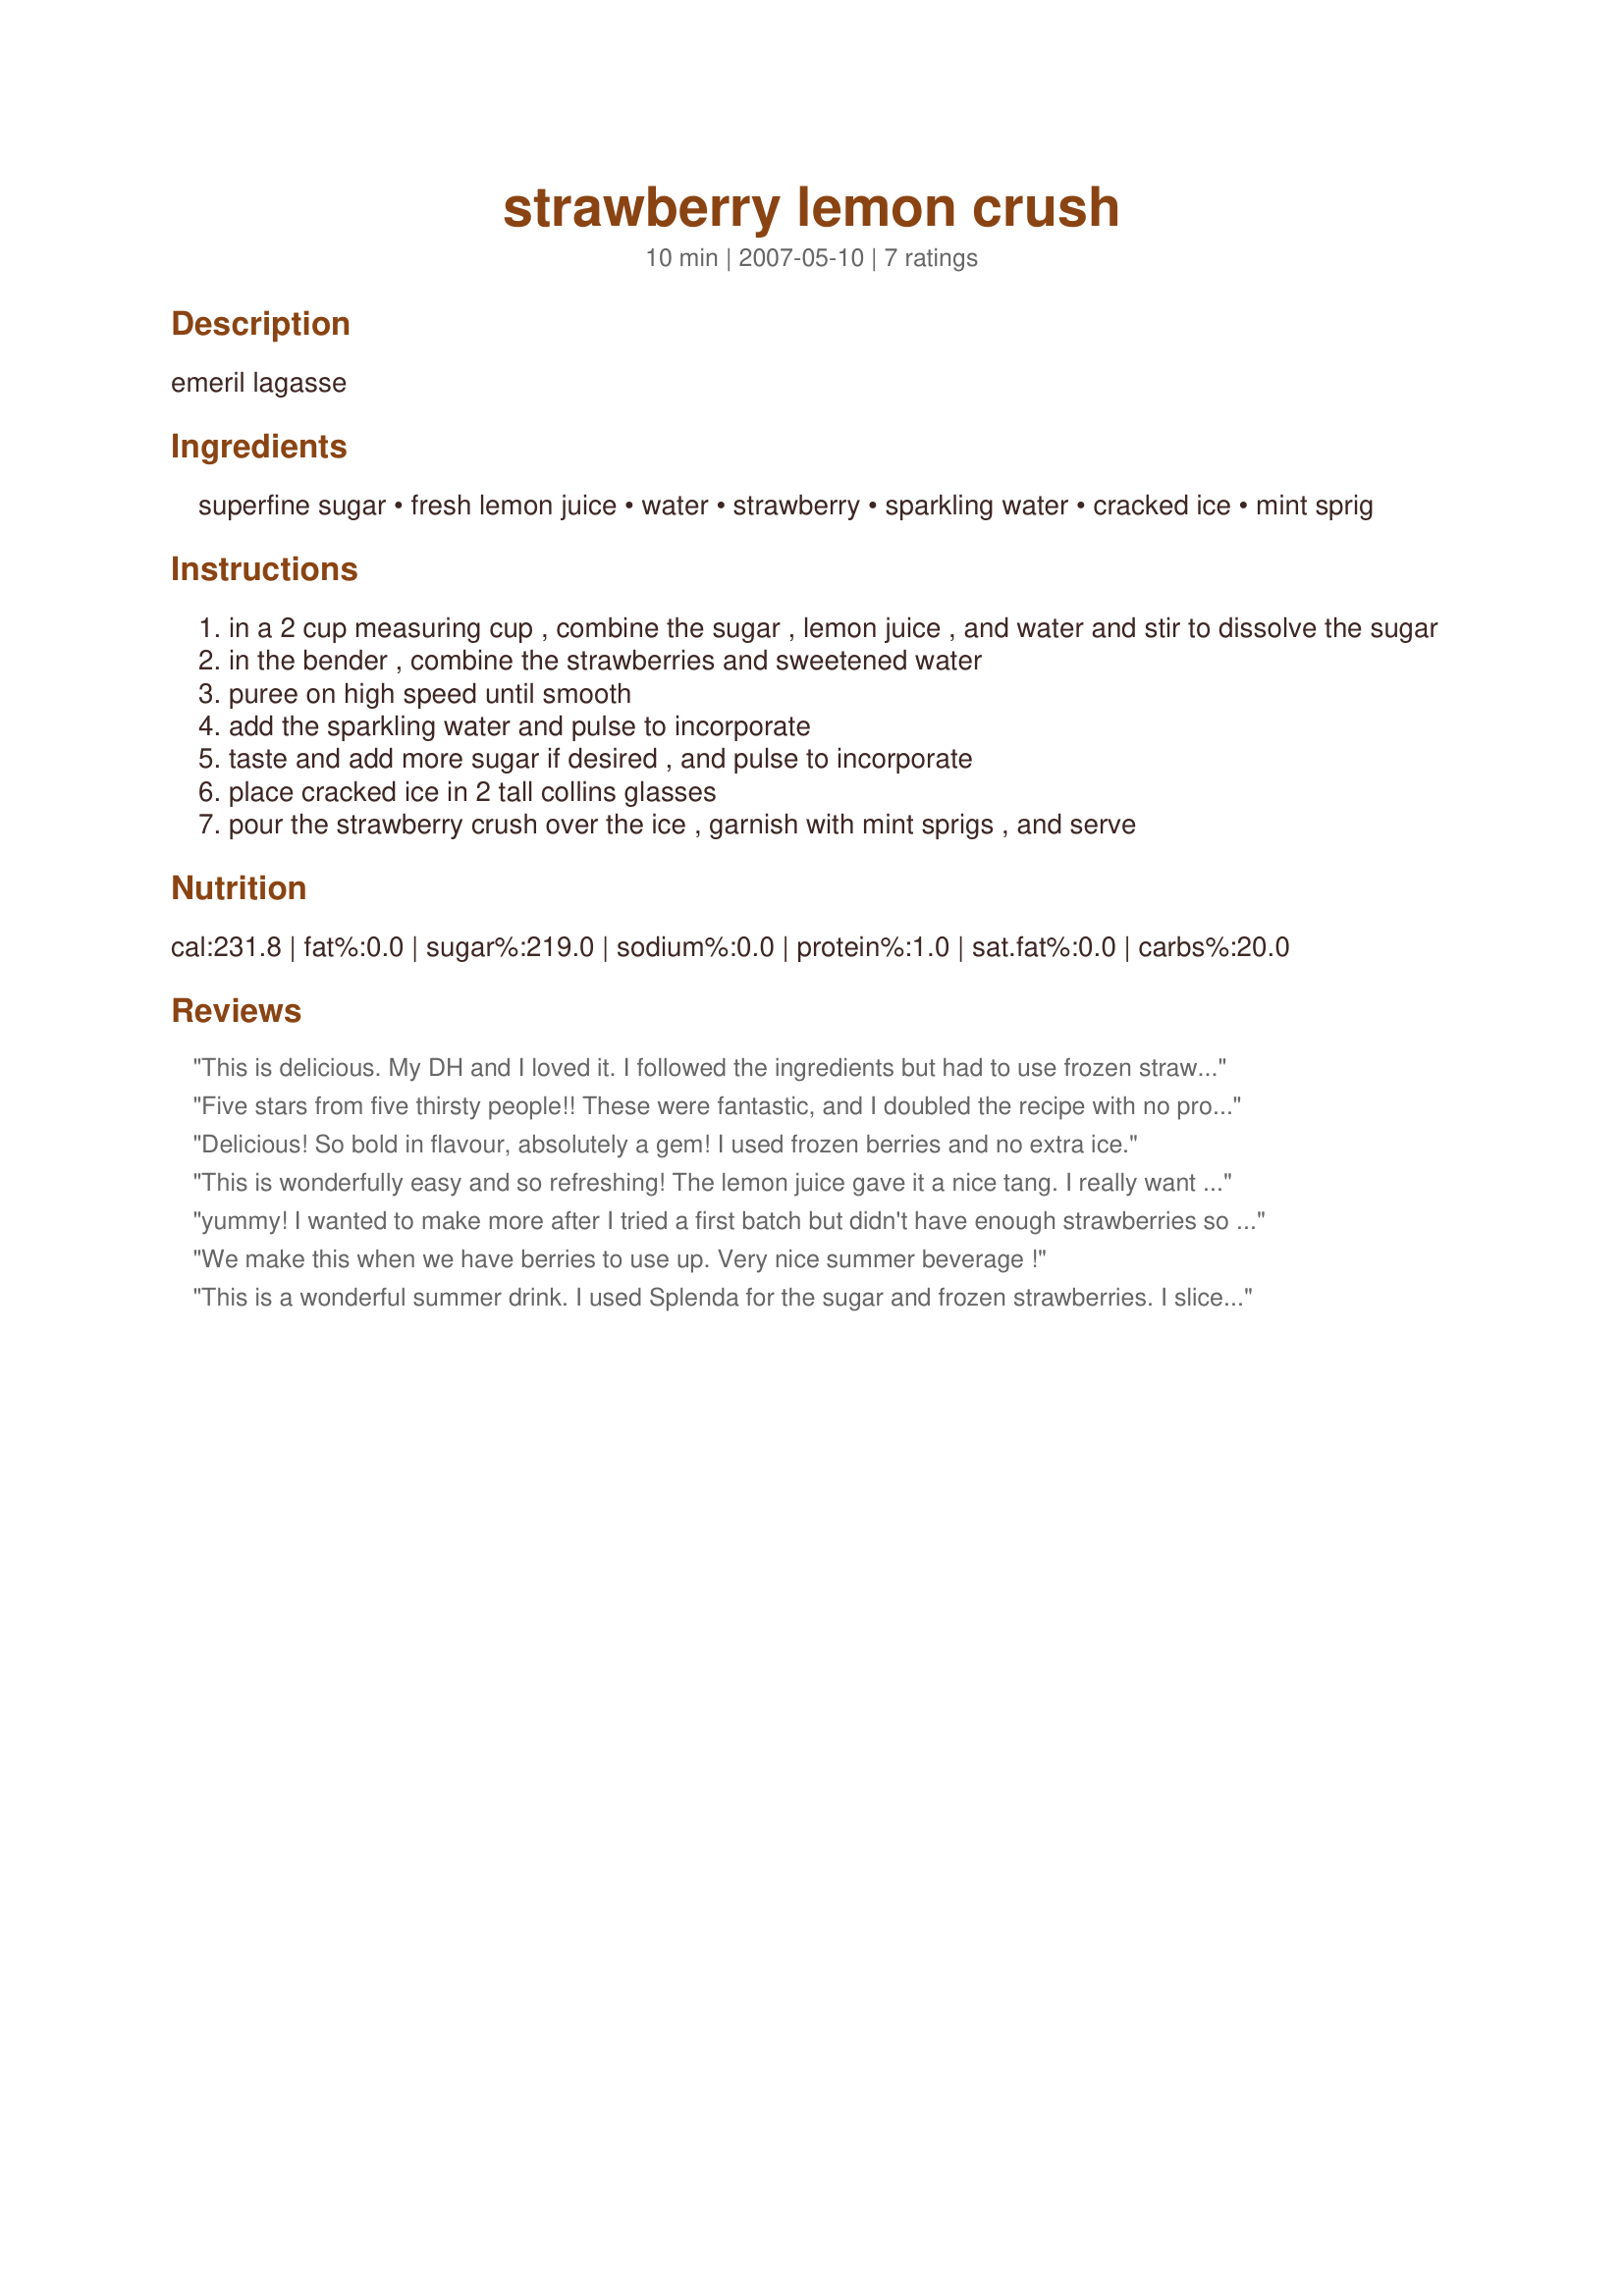
strawberry lemon crush
Preparation time: 10 minutes

emeril lagasse

Ingredients:
superfine sugar, fresh lemon juice, water, strawberry, sparkling water, cracked ice, mint sprig

Steps:
in a 2 cup measuring cup , combine the sugar , lemon juice , and water and stir to dissolve the sugar
in the bender , combine the strawberries and sweetened water
puree on high speed until smooth
add the sparkling water and pulse to incorporate
taste and add more sugar if desired , and pulse to incorporate
place cracked ice in 2 tall collins glasses
pour the strawberry crush over the ice , garnish with mint sprigs , and serve

Reviews:
This is delicious. My DH and I loved it. I followed the ingredients but had to use frozen strawberries. Made for 1,2,3 Hit wonders tag 2007.
Five stars from five thirsty people!! These were fantastic, and I doubled the recipe with no problems. I used sparkling seltzer water and added no extra sugar. Yum! Thanks Cookiedog!
Delicious! So bold in flavour, absolutely a gem! I used frozen berries and no extra ice.
This is wonderfully easy and so refreshing! The lemon juice gave it a nice tang. I really want to try this again with a hit of vodka or rum!
yummy! I wanted to make more after I tried a first batch but didn't have enough strawberries so I tried adding peach to the strawberries and that was also really good. Thanks for the recipe! For Tastebud Tickling Travellers ZWT4
We make this when we have berries to use up. Very nice summer beverage !
This is a wonderful summer drink. I used Splenda for the sugar and frozen strawberries. I sliced up a couple of fresh strawberries and floated in the mix. I know that I will be making this again over the summer months. Thanks!
